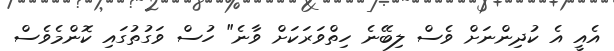
އެއީ އެ ކުދިންނަށް ވެސް ލިބޭނެ ހިތްވަރަކަށް ވާނެ" ހުސް ވަގުތުގައި ކޮންމެވެސް